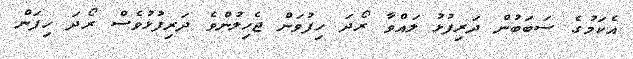
އެކަމުގެ ސަބަބުން ދަރިފުޅު ލައްވާ ރޯދަ ހިފުވަން ޖެހިލުންވެ ދަރިފުޅުވެސް ރޯދަ ހިފަން